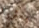
يعثروا